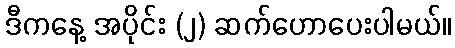
ဒီကနေ့ အပိုင်း (၂) ဆက်ဟောပေးပါမယ်။